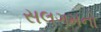
સલગમનો